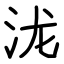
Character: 泷